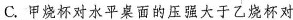
C.甲烧杯对水平桌面的压强大于乙烧杯对